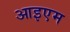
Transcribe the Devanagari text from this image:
आइएम